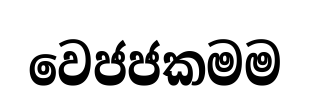
වෙජජකමම